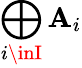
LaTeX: \bigoplus_{i\inI}\mathbf{A}_{i}